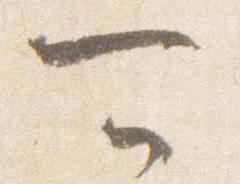
可